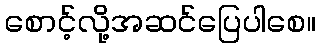
စောင့်လို့အဆင်ပြေပါစေ။